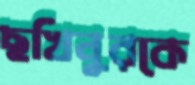
ছখিনুরকে